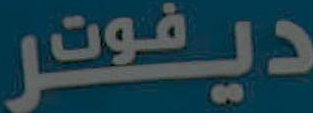
ديفوتر